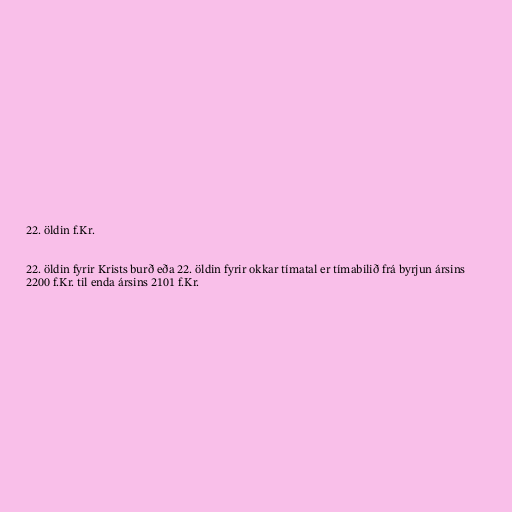
22. öldin f.Kr.

22. öldin fyrir Krists burð eða 22. öldin fyrir okkar tímatal er tímabilið frá byrjun ársins
2200 f.Kr. til enda ársins 2101 f.Kr.